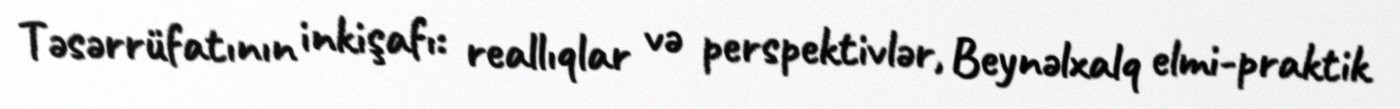
Təsərrüfatının inkişafı: reallıqlar və perspektivlər, Beynəlxalq elmi-praktik